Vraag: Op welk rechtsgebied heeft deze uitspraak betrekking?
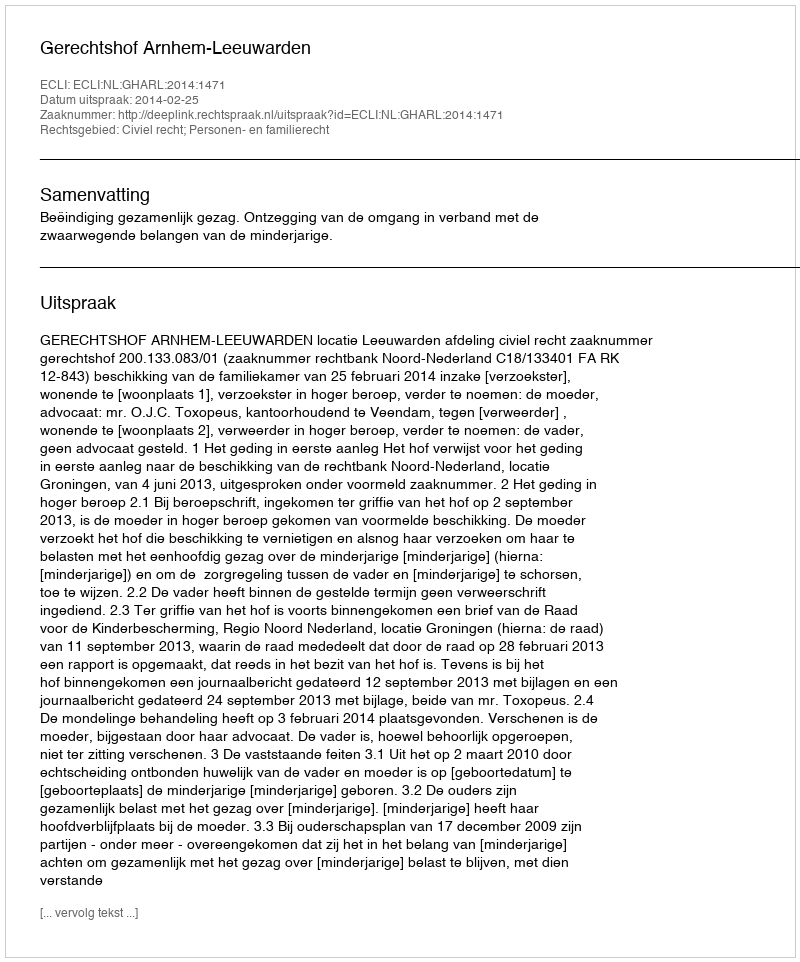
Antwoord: Civiel recht; Personen- en familierecht